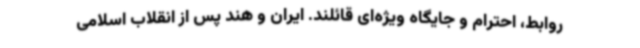
روابط، احترام و جایگاه ویژه‌ای قائلند. ایران و هند پس از انقلاب اسلامی